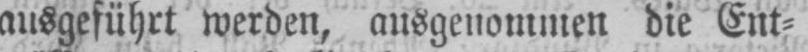
ausgeführt werden, ausgenommen die Ent⸗